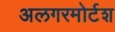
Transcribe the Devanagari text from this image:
अलगरमोर्टश